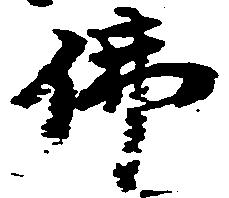
仏